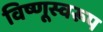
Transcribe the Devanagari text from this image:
विष्णूस्वरूप